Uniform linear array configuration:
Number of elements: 64
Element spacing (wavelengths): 0.5
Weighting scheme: cosine
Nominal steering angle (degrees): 45
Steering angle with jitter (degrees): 44.745
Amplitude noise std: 0.05
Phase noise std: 0.05

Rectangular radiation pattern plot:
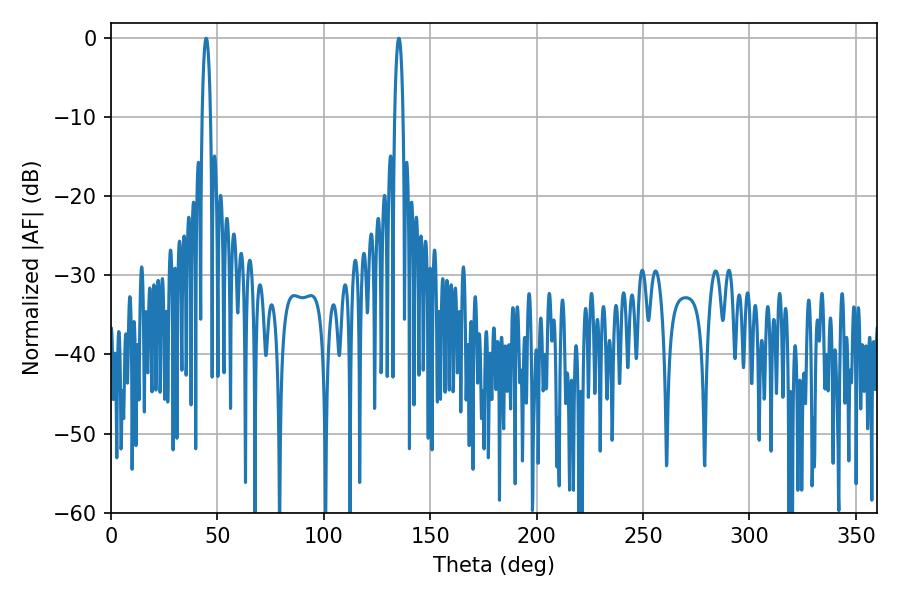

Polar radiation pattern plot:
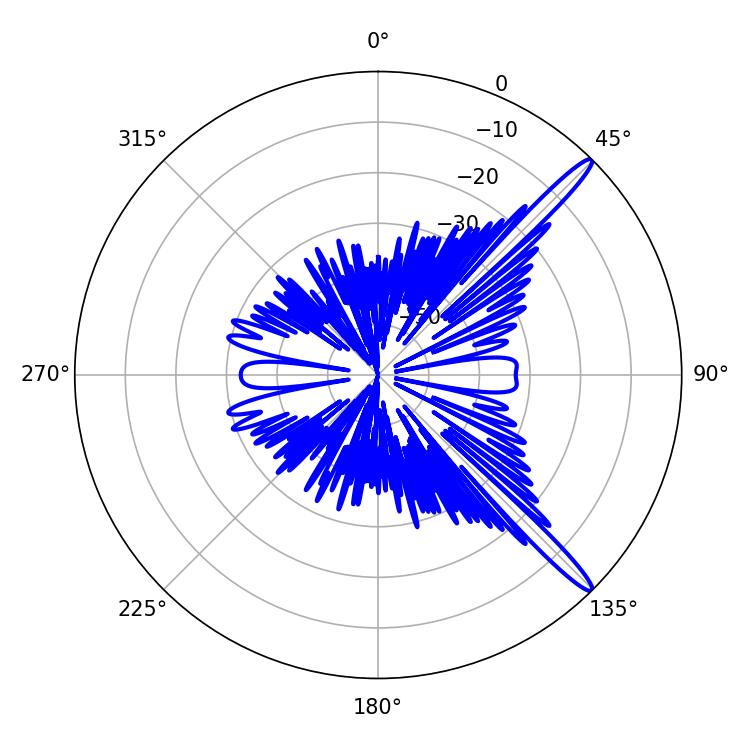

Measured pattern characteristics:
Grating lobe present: FALSE
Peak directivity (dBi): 15.066
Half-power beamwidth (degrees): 2.16
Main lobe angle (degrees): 135.18